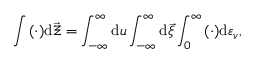
\int { ( \cdot ) \mathrm { d } \vec { \Xi } } = \int _ { - \infty } ^ { \infty } \mathrm { d } \boldsymbol { u } \int _ { - \infty } ^ { \infty } \mathrm { d } { \vec { \xi } } \int _ { 0 } ^ { \infty } { ( \cdot ) \mathrm { d } { \varepsilon _ { v } } } ,